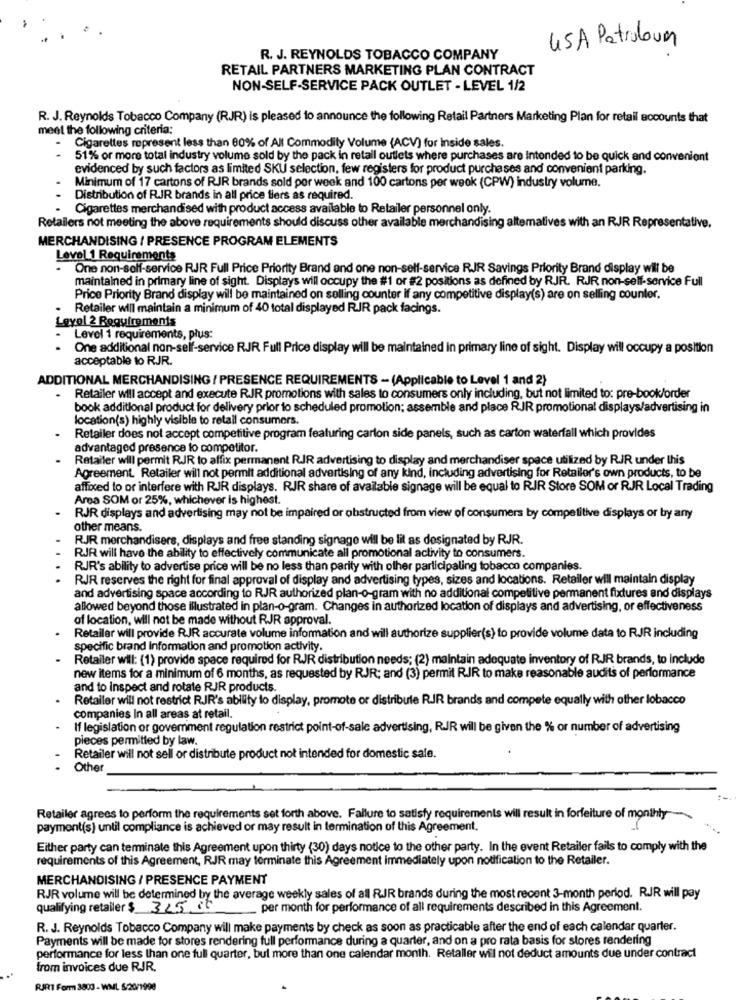
45A Patroloum
R. J. REYNOLDS TOBACCO COMPANY
RETAIL PARTNERS MARKETING PLAN CONTRACT
NON-SELF-SERVICE PACK OUTLET - LEVEL 1/2
R. J. Reynolds Tobacco Company (RJR) is pleased to announce the following Retail Partners Marketing Plan for retail accounts that
meet the following criteria:
Cigarettes represent less than 80% of All Commodity Volume (ACV) for inside sales.
51% or more total industry volume sold by the pack in retail outlets where purchases are Intended to be quick and convenient
evidenced by such factors as limited SKU selection, few registers for product purchases and convenient parking.
Minimum of 17 cartons of RJR brands sold per week and 100 cartons per week (CPW) industry volume.
Distribution of RJR brands in all price tiers as required.
Cigarettes merchandised with product access available to Retailer personnel only.
Retailers not meeting the above requirements should discuss other available merchandising altematives with an RJR Representative.
MERCHANDISING / PRESENCE PROGRAM ELEMENTS
Level 1 Requirements
- One non-self-service RJR Full Price Priority Brand and one non-self-service RJR Savings Priority Brand display will be
maintained in primary line of sight. Displays will occupy the #1 or #2 positions as defined by RJR. RJR non-self-service Full
Price Priority Brand display will be maintained on selling counter if any competitive display(s) are on selling counter.
· Retailer will maintain a minimum of 40 total displayed RJR pack facings.
Level 2 Requirements
Level 1 requirements, plus:
One additional non-self-service RJR Full Price display will be maintained in primary line of sight. Display will occupy a position
acceptable to RJR.
ADDITIONAL MERCHANDISING / PRESENCE REQUIREMENTS - (Applicable to Level 1 and 2)
Retailer will accept and execute RJR promotions with sales to consumers only including, but not limited to: pre-book/order
book additional product for delivery prior to scheduled promotion; assemble and place RIR promotional displays/advertising in
location(s) highly visible to retail consumers.
Retailer does not accept competitive program featuring carton side panels, such as carton waterfall which provides
advantaged presence to competitor.
Retailer will permit RJR to affix permanent RIR advertising to display and merchandiser space utilized by RJR under this
Agreement. Retailer will not permit additional advertising of any kind, including advertising for Retailer's own products, to be
affixed to or interfere with RJR displays. RJR share of available signage will be equal to RJR Store SOM or RJR Local Trading
Area SOM or 25%, whichever is highest.
RJR displays and advertising may not be impaired or obstructed from view of consumers by competitive displays or by any
other means.
RJR merchandisers, displays and free standing signage will be lit as designated by RJR.
RJR will have the ability to effectively communicate all promotional activity to consumers.
RJR's ability to advertise price will be no less than parity with other participaling tobacco companies.
. .
RJR reserves the right for final approval of display and advertising types, sizes and locations. Retailer will maintain display
and advertising space according to RJR authorized plan-o-gram with no additional competitive permanent fixtures and displays
allowed beyond those illustrated in plan-o-gram. Changes in authorized location of displays and advertising, or effectiveness
of location, will not be made without RJR approval.
Retailer will provide RJR accurate volume information and will authorize supplier(s) to provide volume data to RJR including
specific brand Information and promotion activity.
Retailer will: (1) provide space required for RJR distribution needs; (2) maintain adequate inventory of RJR brands, to include
new items for a minimum of 6 months, as requested by RJR; and (3) permit R.JR to make reasonable audits of performance
and to inspect and rotate RJR products.
Retailer will not restrict RJR's ability to display, promote or distribute RIR brands and compete equally with other lobacco
companies In all areas at retail.
If legislation or govemment regulation restrict point-of-sale advertising, R.JR will be given the % or number of advertising
pieces permitted by law.
Retailer will not sell or distribute product not intended for domestic sale.
Other
Retailer agrees to perform the requirements set forth above. Failure to satisfy requirements will result in forfeiture of monthly
payment(s) until compliance is achieved or may result in termination of this Agreement.
Either party can terminate this Agreement upon thirty (30) days notice to the other party. In the event Retailer fails to comply with the
requirements of this Agreement, RJR may terminate this Agreement immediately upon notification to the Retailer.
MERCHANDISING / PRESENCE PAYMENT
RJR volume will be determined by the average weekly sales of all RJR brands during the most recent 3-month period. RJR will pay
qualifying retailer $ 345 30
per month for performance of all requirements described in this Agreement.
R. J. Reynolds Tobacco Company will make payments by check as soon as practicable after the end of each calendar quarter.
Payments will be made for stores rendering full performance during a quarter, and on a pro rata basis for stores rendering
performance for less than one full quarter, bul more than one calendar month. Retaller will not deduct amounts due under contract
from invoices due RJR.
RJRT Form 3803 - WML 5/20/1990